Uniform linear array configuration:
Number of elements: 8
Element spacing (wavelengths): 0.5
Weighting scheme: kaiser
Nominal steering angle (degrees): -60
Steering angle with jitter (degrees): -60.819
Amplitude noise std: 0.05
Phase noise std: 0.05

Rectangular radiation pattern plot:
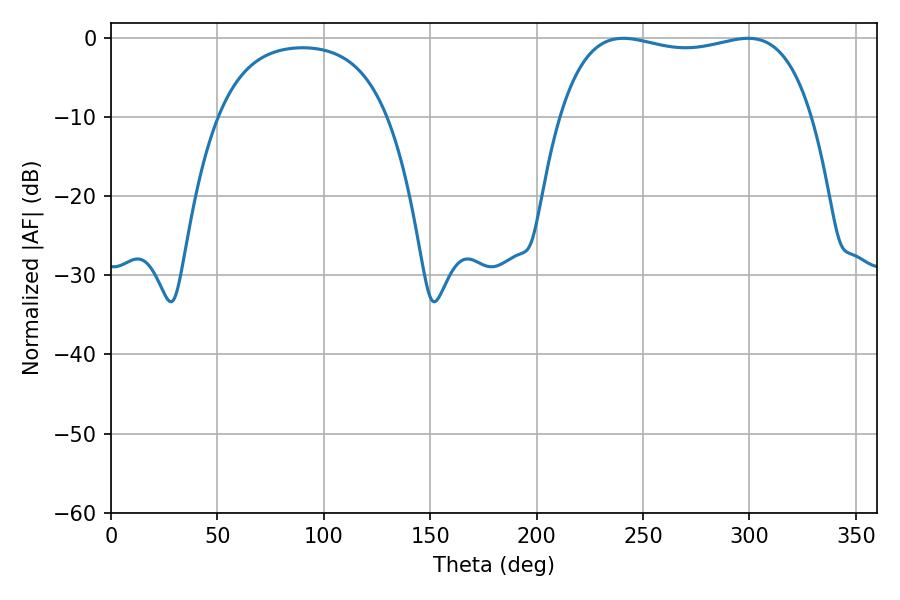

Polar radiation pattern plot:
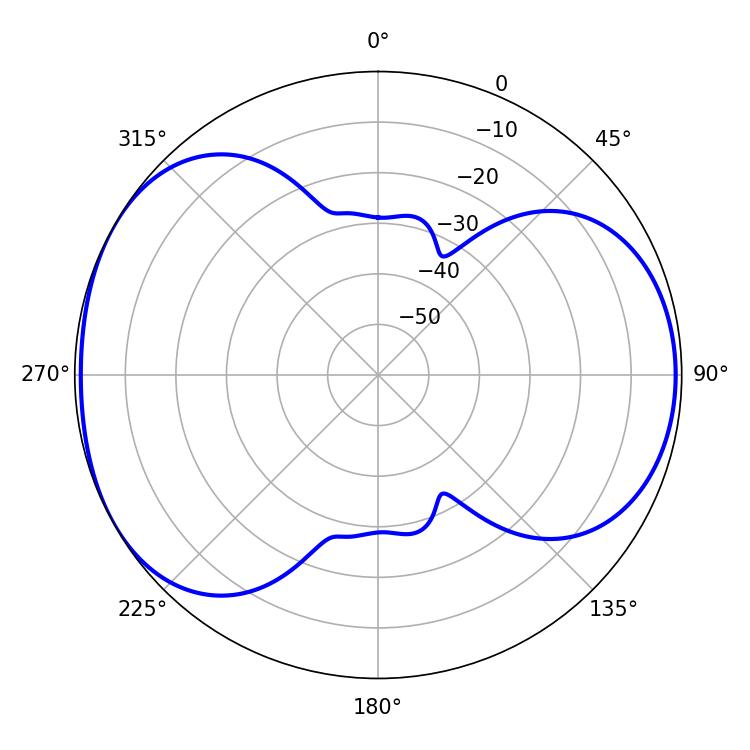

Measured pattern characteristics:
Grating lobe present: FALSE
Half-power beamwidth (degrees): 95.76
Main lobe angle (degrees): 240.66